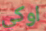
اوكي